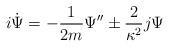
LaTeX: \begin{align*}i \dot{\Psi} = - \frac{1}{2m} \Psi'' \pm \frac{2}{\kappa^2} j \Psi\end{align*}